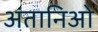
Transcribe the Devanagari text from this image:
अंतानिओ